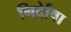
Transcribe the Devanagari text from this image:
निर्देाषा